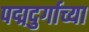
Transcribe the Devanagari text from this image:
पद्मदुर्गाच्या